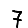
Digit: 7